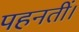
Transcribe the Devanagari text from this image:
पहनतीं।